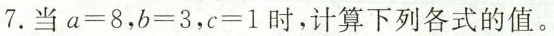
7.当$$a = 8$$,$$b = 3$$,$$c = 1$$时,计算下列各式的值。